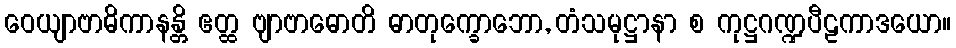
ဝေယျာဗာဓိကာနန္တိ ဧတ္ထ ဗျာဗာဓောတိ ဓာတုက္ခောဘော, တံသမုဋ္ဌာနာ စ ကုဋ္ဌဂဏ္ဍပီဠကာဒယော။